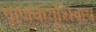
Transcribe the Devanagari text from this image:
प्राणवायूशिवाय